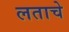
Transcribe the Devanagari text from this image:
लताचे